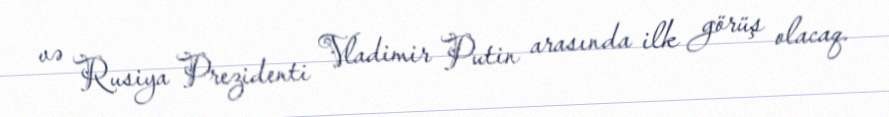
və Rusiya Prezidenti Vladimir Putin arasında ilk görüş olacaq.